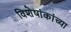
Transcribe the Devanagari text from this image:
विशेषांकांच्या